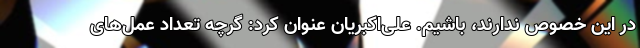
در این خصوص ندارند، باشیم. علی‌اکبریان عنوان کرد: گرچه تعداد عمل‌های